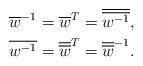
LaTeX: \begin{align*}\overline{w}^{-1} & =\overline{w}^{T}=\overline{\overline{w^{-1}}},\\\overline{w^{-1}} & =\overline{\overline{w}}^{T}=\overline{\overline{w}}^{-1}.\end{align*}